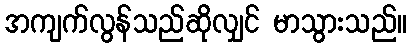
အကျက်လွန်သည်ဆိုလျှင် မာသွားသည်။